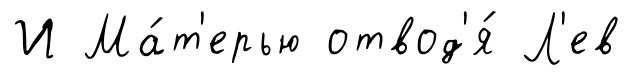
И Ма́т'ерью отвод'я́ Л'ев